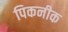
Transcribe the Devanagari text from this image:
पिकनीक